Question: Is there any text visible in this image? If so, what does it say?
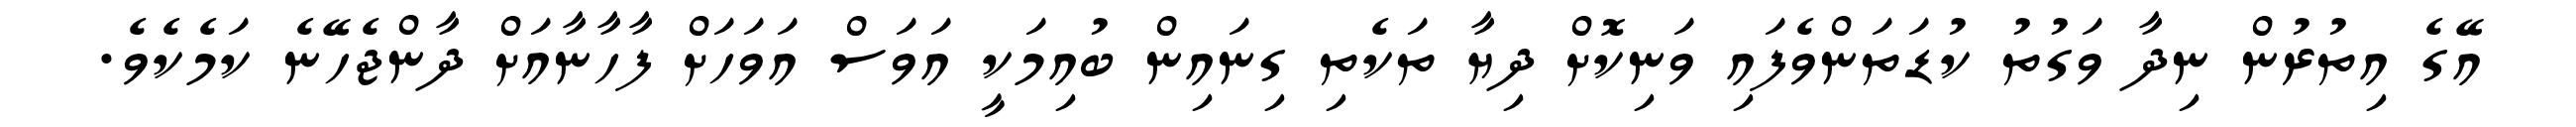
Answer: އޭގެ އިތުރުން ނިދާ ވަގުތު ކުޑަތަންވެފައި ވަނިކޮށް ދިޔާ ތަކެތި ގިނައިން ބުއިމަކީ އަވަސް އަވަހަށް ފާހާނާއަށް ދާންޖެހޭނެ ކަމެކެވެ.